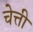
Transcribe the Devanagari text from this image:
चेत्ती